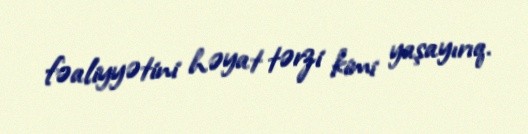
fəaliyyətini həyat tərzi kimi yaşayırıq.